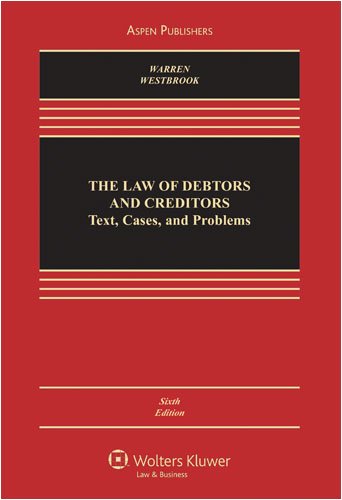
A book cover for Law of Debtors and Creditors; Elizabeth Warren; Law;